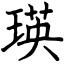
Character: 瑛